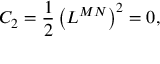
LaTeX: C _ { 2 } = \frac 1 2 \left( L ^ { M N } \right) ^ { 2 } = 0 ,